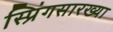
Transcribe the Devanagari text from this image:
स्प्रिंगसारख्या